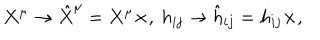
LaTeX: { } X ^ { \mu } \rightarrow \hat { X } ^ { \mu } = X ^ { \mu } \times , \ h _ { i j } \rightarrow \hat { h } _ { i j } = h _ { i j } \times ,